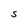
Character: S